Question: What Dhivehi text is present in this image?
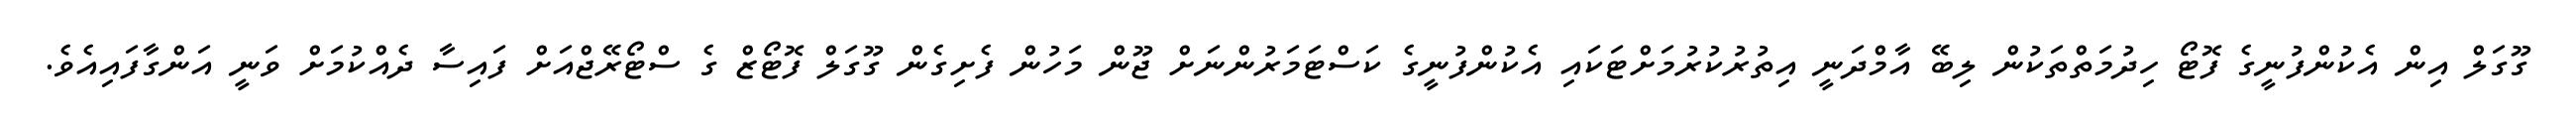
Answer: ގޫގަލް އިން އެކުންފުނީގެ ފޮޓޯ ހިދުމަތްތަކުން ލިބޭ އާމްދަނީ އިތުރުކުރުމަށްޓަކައި އެކުންފުނީގެ ކަސްޓަމަރުންނަށް ޖޫން މަހުން ފެށިގެން ގޫގަލް ފޮޓޯޒް ގެ ސްޓޯރޭޖްއަށް ފައިސާ ދެއްކުމަށް ވަނީ އަންގާފައިއެވެ.